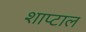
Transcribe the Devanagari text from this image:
शाप्टाल